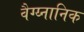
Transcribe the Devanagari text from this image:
वैग्य्नानिक